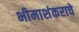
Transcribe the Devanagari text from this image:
भीमाशंकराचे